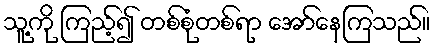
သူ့ကို ကြည့်၍ တစ်စုံတစ်ရာ အော်နေကြသည်။